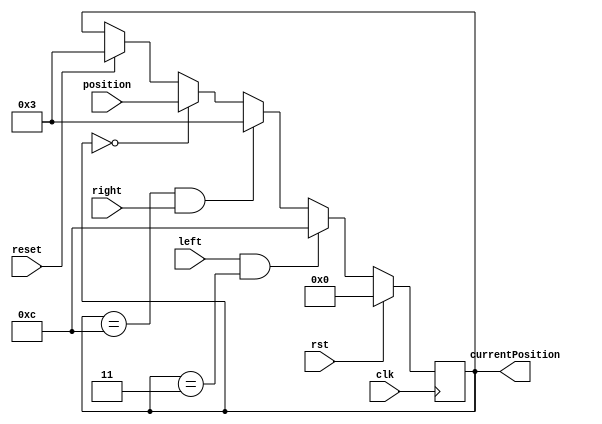
/*
   This file was generated automatically by the Mojo IDE version B1.3.6.
   Do not edit this file directly. Instead edit the original Lucid source.
   This is a temporary file and any changes made to it will be destroyed.
*/

module car_26 (
    input clk,
    input rst,
    input left,
    input right,
    input reset,
    input [3:0] position,
    output reg [3:0] currentPosition
  );
  
  
  
  reg [3:0] M_carposition_d, M_carposition_q = 1'h0;
  
  always @* begin
    M_carposition_d = M_carposition_q;
    
    if (reset == 1'h1) begin
      M_carposition_d = 4'h3;
    end
    if (M_carposition_q == 4'h0) begin
      M_carposition_d = position;
    end
    if (M_carposition_q == 4'hc && right) begin
      M_carposition_d = 4'h3;
    end
    if (left && M_carposition_q == 4'h3) begin
      M_carposition_d = 4'hc;
    end
    currentPosition = M_carposition_q;
  end
  
  always @(posedge clk) begin
    if (rst == 1'b1) begin
      M_carposition_q <= 1'h0;
    end else begin
      M_carposition_q <= M_carposition_d;
    end
  end
  
endmodule